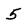
Character: 5